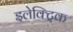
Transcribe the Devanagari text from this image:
इलेक्‍ट्रिक